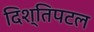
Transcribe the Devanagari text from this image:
दिश्तिपटल